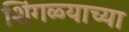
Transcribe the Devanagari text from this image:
शिंगळ्याच्या